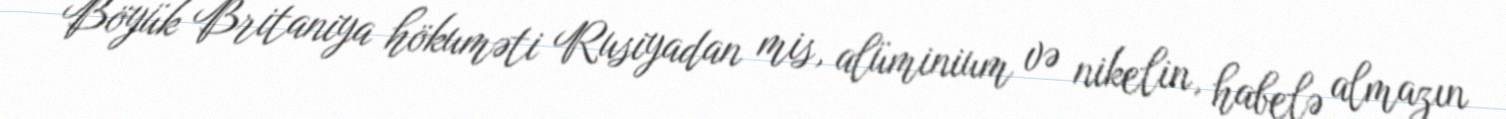
Böyük Britaniya hökuməti Rusiyadan mis, alüminium və nikelin, habelə almazın